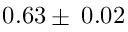
0 . 6 3 \pm \: 0 . 0 2